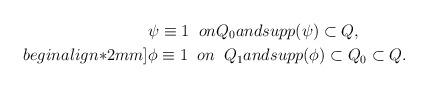
LaTeX: \begin{align*}&\psi \equiv 1\;\; on Q_0and supp(\psi)\subset Q,\\begin{align*}2mm]&\phi \equiv 1\;\; on \;\; Q_1 and supp(\phi)\subset Q_0\subset Q.\end{align*}